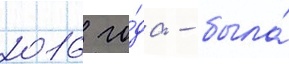
2016 го́да - была́